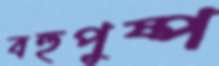
বহুপুষ্প